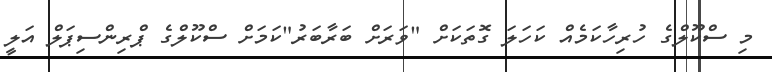
މި ސްކޫލްގެ ހުރިހާކަމެއް ކަހަލަ ގޮތަކަށް "ވަރަށް ބަރާބަރު"ކަމަށް ސްކޫލްގެ ޕްރިންސިޕަލް އަލީ